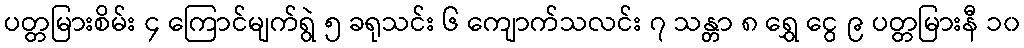
ပတ္တမြားစိမ်း ၄ ကြောင်မျက်ရွဲ ၅ ခရုသင်း ၆ ကျောက်သလင်း ၇ သန္တာ ၈ ရွှေ ငွေ ၉ ပတ္တမြားနီ ၁၀